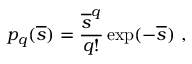
p _ { q } ( { \overline { { s } } } ) = { \frac { { \overline { { s } } } ^ { q } } { q ! } } \exp ( - { \overline { { s } } } ) \ ,